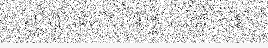
ឆ្លាត ឱបជើងម្ចាស់មិនឲ្យ